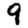
Digit: 9